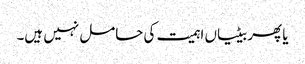
یا پھر بیٹیاں اہمیت کی حامل نہیں ہیں۔